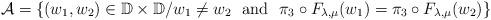
LaTeX: \begin{align*}{\mathcal A}=\{(w_1,w_2)\in\mathbb{D}\times \mathbb{D}\slash w_1\neq w_2\ \ \mbox{and}\ \ \pi_3\circ F_{\lambda,\mu}(w_1)=\pi_3\circ F_{\lambda,\mu}(w_2)\}\end{align*}